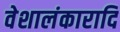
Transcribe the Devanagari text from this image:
वेशालंकारादि